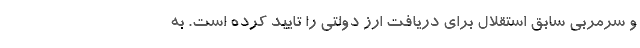
و سرمربی سابق استقلال برای دریافت ارز دولتی را تایید کرده است. به